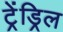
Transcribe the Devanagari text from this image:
ट्रेंड्रिल